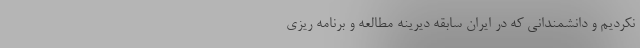
نکردیم و دانشمندانی که در ایران سابقه دیرینه مطالعه و برنامه ریزی